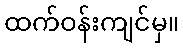
ထက်ဝန်းကျင်မှ။